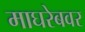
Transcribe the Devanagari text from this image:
माघरेबवर